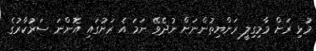
މުޅި ރަށް މާމިގިލީ ރަށްޔިތުންނަށް ނުދެވޭ ނަމަ އެ ރަށުގައި އޮންނަ ސަރުކާރުގެ